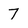
Character: 7